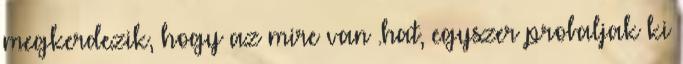
megkerdezik, hogy az mire van .hat, egyszer probaljak ki